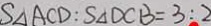
S _ { \Delta } A C D : S _ { \Delta } D C B = 3 : 2